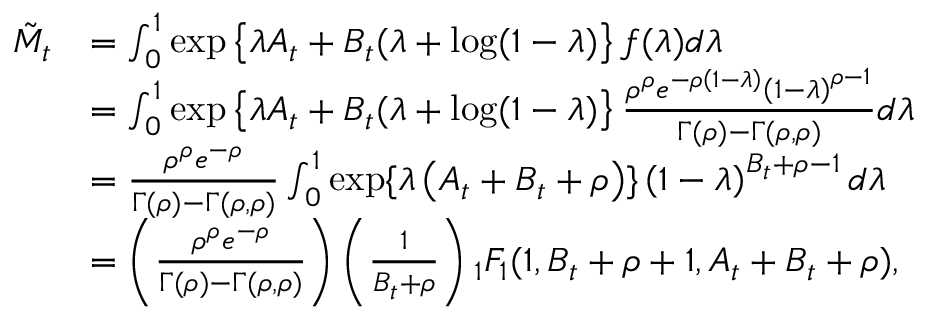
\begin{array} { r l } { \tilde { M } _ { t } } & { = \int _ { 0 } ^ { 1 } \exp \left\{ \lambda A _ { t } + B _ { t } ( \lambda + \log ( 1 - \lambda ) \right\} f ( \lambda ) d \lambda } \\ & { = \int _ { 0 } ^ { 1 } \exp \left\{ \lambda A _ { t } + B _ { t } ( \lambda + \log ( 1 - \lambda ) \right\} \frac { \rho ^ { \rho } e ^ { - \rho \left( 1 - \lambda \right) } \left( 1 - \lambda \right) ^ { \rho - 1 } } { \Gamma ( \rho ) - \Gamma ( \rho , \rho ) } d \lambda } \\ & { = \frac { \rho ^ { \rho } e ^ { - \rho } } { \Gamma ( \rho ) - \Gamma ( \rho , \rho ) } \int _ { 0 } ^ { 1 } \exp \{ \lambda \left( A _ { t } + B _ { t } + \rho \right) \} \left( 1 - \lambda \right) ^ { B _ { t } + \rho - 1 } d \lambda } \\ & { = \left( \frac { \rho ^ { \rho } e ^ { - \rho } } { \Gamma ( \rho ) - \Gamma ( \rho , \rho ) } \right) \left( \frac { 1 } { B _ { t } + \rho } \right) { _ 1 F _ { 1 } } ( 1 , B _ { t } + \rho + 1 , A _ { t } + B _ { t } + \rho ) , } \end{array}